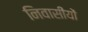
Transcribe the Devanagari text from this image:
निवासीयों